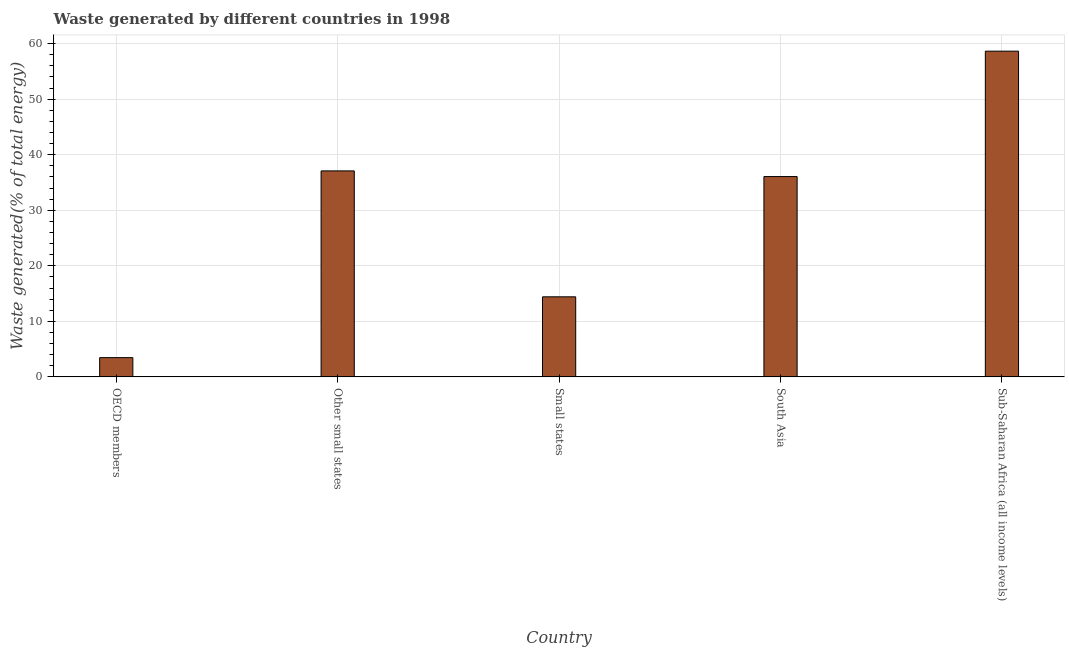
| Country | Combustible renewables and waste (% of total energy) |
 | --- | --- |
 | OECD members | 3.46 |
 | Other small states | 37.1 |
 | Small states | 14.4 |
 | South Asia | 36.1 |
 | Sub-Saharan Africa (all income levels) | 58.6 |